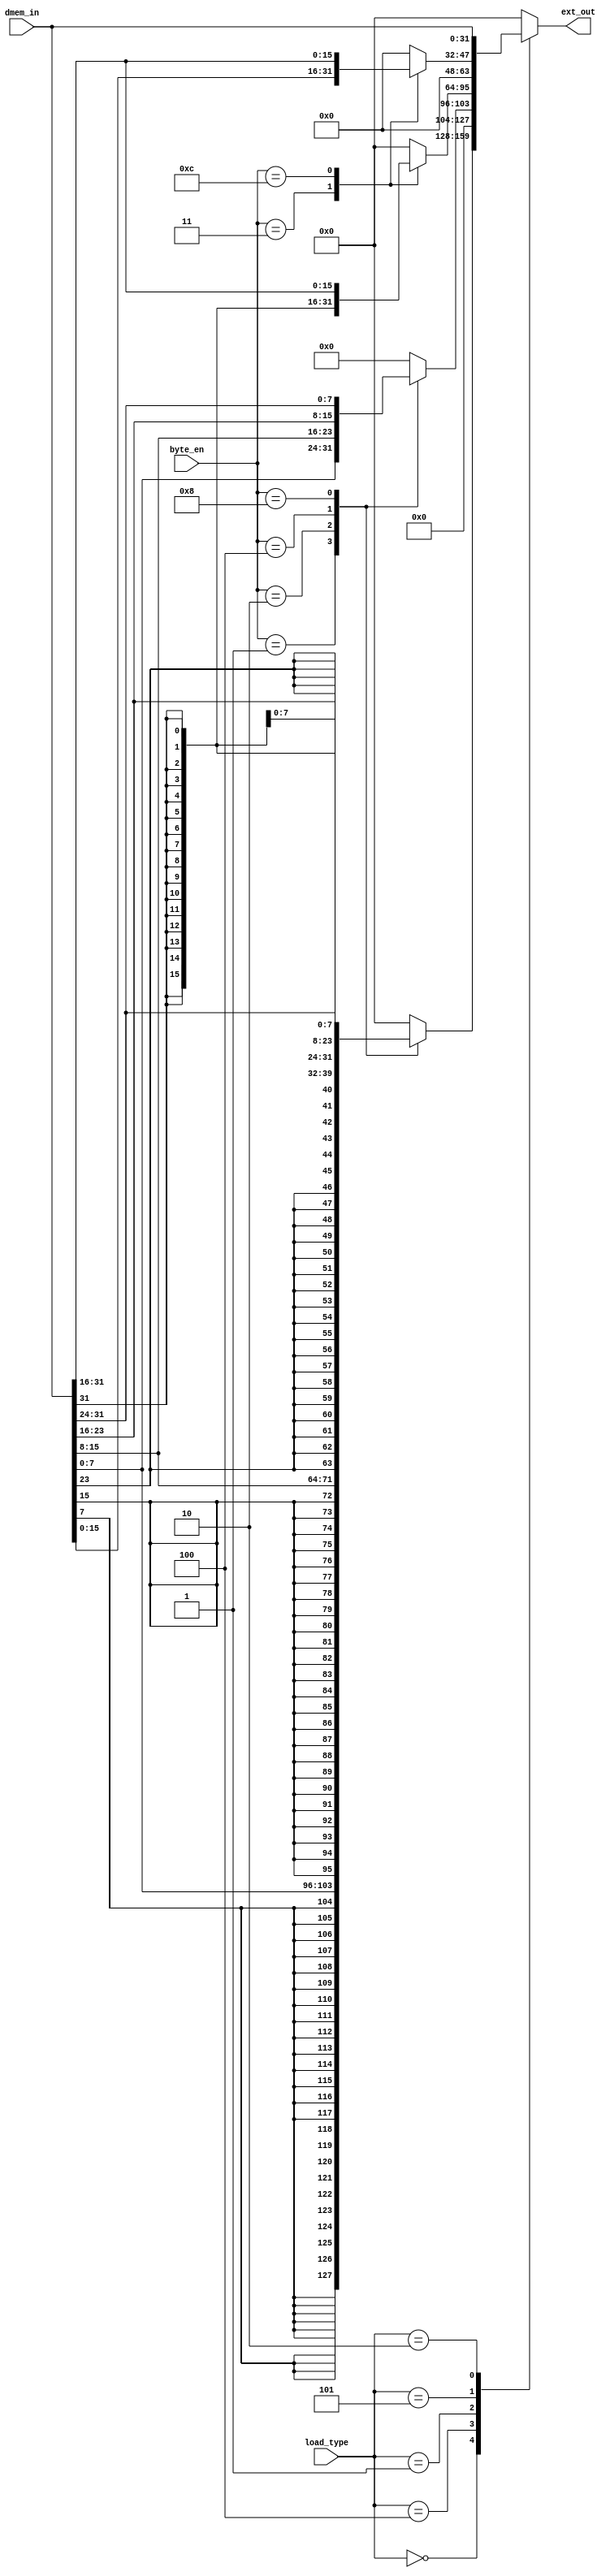
module dmem_extender (
	dmem_in,
	load_type,
	byte_en,
	ext_out
);
	localparam rv32i_types_pkg_WORD_SIZE = 32;
	input wire [31:0] dmem_in;
	localparam rv32i_types_pkg_LD_W = 3;
	input wire [2:0] load_type;
	input wire [3:0] byte_en;
	output reg [31:0] ext_out;
	localparam [2:0] rv32i_types_pkg_LB = 3'b000;
	localparam [2:0] rv32i_types_pkg_LBU = 3'b100;
	localparam [2:0] rv32i_types_pkg_LH = 3'b001;
	localparam [2:0] rv32i_types_pkg_LHU = 3'b101;
	localparam [2:0] rv32i_types_pkg_LW = 3'b010;
	always @(*)
		casez (load_type)
			rv32i_types_pkg_LB:
				casez (byte_en)
					4'b0001: ext_out = $signed(dmem_in[7:0]);
					4'b0010: ext_out = $signed(dmem_in[15:8]);
					4'b0100: ext_out = $signed(dmem_in[23:16]);
					4'b1000: ext_out = $signed(dmem_in[31:24]);
					default: ext_out = {32 {1'sb0}};
				endcase
			rv32i_types_pkg_LBU:
				casez (byte_en)
					4'b0001: ext_out = dmem_in[7:0];
					4'b0010: ext_out = dmem_in[15:8];
					4'b0100: ext_out = dmem_in[23:16];
					4'b1000: ext_out = dmem_in[31:24];
					default: ext_out = {32 {1'sb0}};
				endcase
			rv32i_types_pkg_LH:
				casez (byte_en)
					4'b0011: ext_out = $signed(dmem_in[15:0]);
					4'b1100: ext_out = $signed(dmem_in[31:16]);
					default: ext_out = {32 {1'sb0}};
				endcase
			rv32i_types_pkg_LHU:
				casez (byte_en)
					4'b0011: ext_out = dmem_in[15:0];
					4'b1100: ext_out = dmem_in[31:16];
					default: ext_out = {32 {1'sb0}};
				endcase
			rv32i_types_pkg_LW: ext_out = dmem_in;
			default: ext_out = {32 {1'sb0}};
		endcase
endmodule